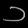
Digit: ၁